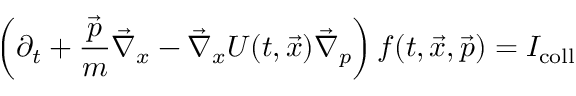
\left( \partial _ { t } + { \frac { \vec { p } } { m } } \vec { \nabla } _ { x } - \vec { \nabla } _ { x } U ( t , \vec { x } ) \vec { \nabla } _ { p } \right) f ( t , \vec { x } , \vec { p } ) = I _ { \mathrm { c o l l } }